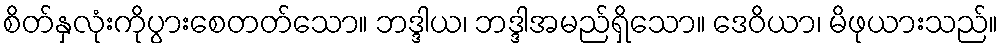
စိတ်နှလုံးကိုပွားစေတတ်သော။ ဘဒ္ဒါယ၊ ဘဒ္ဒါအမည်ရှိသော။ ဒေဝိယာ၊ မိဖုယားသည်။